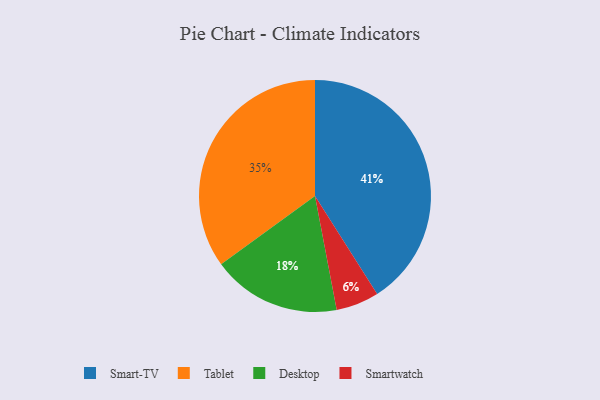
{"axis": {"x": "Category", "y": "Percentage"}, "legend": ["Desktop", "Smart-TV", "Smartwatch", "Tablet"], "data": [{"x": "Smartwatch", "y": 6, "type": "Smartwatch"}, {"x": "Desktop", "y": 18, "type": "Desktop"}, {"x": "Tablet", "y": 35, "type": "Tablet"}, {"x": "Smart-TV", "y": 41, "type": "Smart-TV"}]}